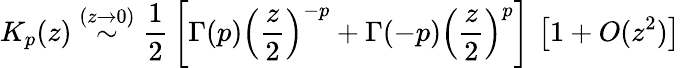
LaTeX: K_{p}(z)\stackrel{(z\rightarrow 0)}{\sim}\frac{1}{2}\, \left[\Gamma(p)\left(\frac{z}{2}\right)^{-p}+\Gamma(-p)\left(\frac{z}{2}\right)^{p}\right]\, \left[1+O(z^{2})\right]\;